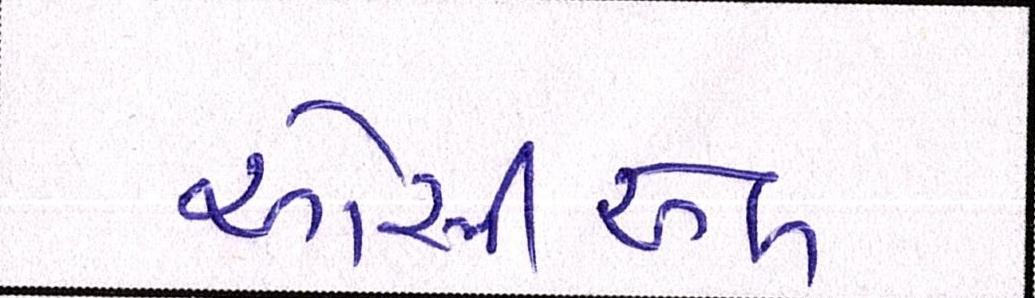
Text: ઓસીએલ